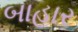
બાહાર